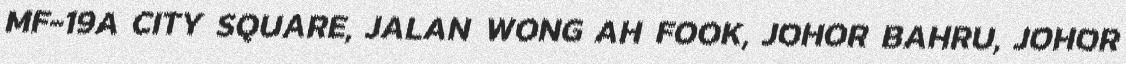
MF-19A CITY SQUARE, JALAN WONG AH FOOK, JOHOR BAHRU, JOHOR